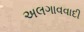
અલગાવવાદી